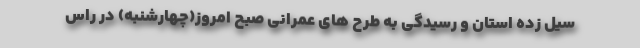
سیل زده استان و رسیدگی به طرح های عمرانی صبح امروز(چهارشنبه) در راس